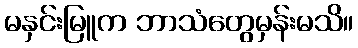
မနှင်းမြူက ဘာသံတွေမှန်းမသိ။